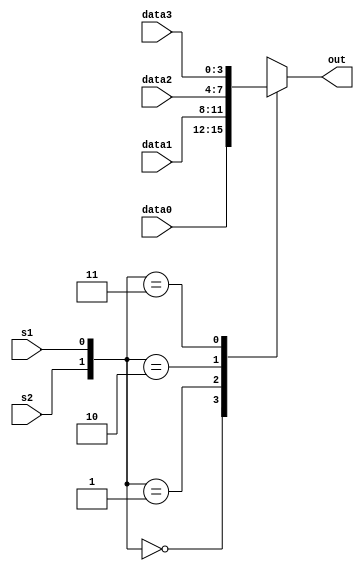
module mux4bit(
  input [3:0] data0,
  input [3:0] data1,
  input [3:0] data2,
  input [3:0] data3,
  input s1,s2,
  output reg [3:0] out
);

wire [1:0] sel;
assign sel[0] = s1;
assign sel[1] = s2;

always @(*) begin
  case(sel)
    2'b00: out = data0;
    2'b01: out = data1;
    2'b10: out = data2;
    2'b11: out = data3;
    default: out = 4'b0; // Default value if none of the cases match
  endcase
end

endmodule